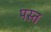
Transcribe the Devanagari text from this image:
पस्‍त